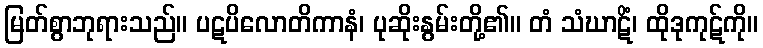
မြတ်စွာဘုရားသည်။ ပဋပိလောတိကာနံ၊ ပုဆိုးနွမ်းတို့၏။ တံ သံဃာဋိံ၊ ထိုဒုကုဋ်ကို။